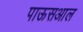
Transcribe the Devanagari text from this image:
पाऊसआल